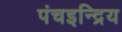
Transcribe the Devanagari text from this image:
पंचइन्द्रिय